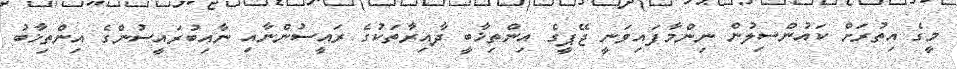
މީގެ އިތުރަށް ކައުންސިލުން ނިންމާފައިވަނީ ޖޭޕީގެ އިންތިޚާބީ ދާއިރާތަކުގެ ރައީސުންނާއި ނާއިބުރައީސުންގެ އިންތިޚާބު